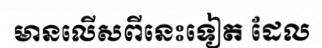
មានលើសពីនេះទៀត ដែល